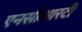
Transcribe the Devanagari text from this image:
एनसीआरटी